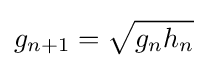
g_{n+1}={\sqrt {g_{n}h_{n}}}